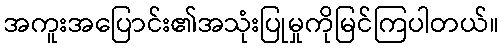
အကူးအပြောင်း၏အသုံးပြုမှုကိုမြင်ကြပါတယ်။